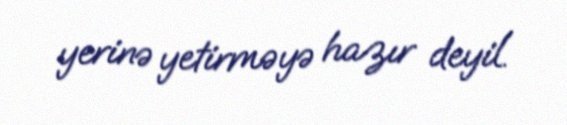
yerinə yetirməyə hazır deyil.